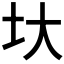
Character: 𡉑